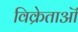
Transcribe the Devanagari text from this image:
विक्रेताऒं